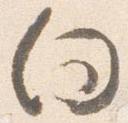
向